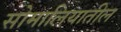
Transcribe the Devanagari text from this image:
सोमालियातील